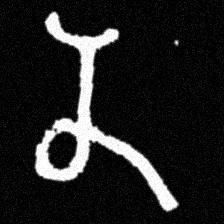
Pyu character \u2014 Myanmar letter: န (romanized: na)